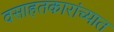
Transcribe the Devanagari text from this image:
वसाहतकारांच्यात